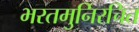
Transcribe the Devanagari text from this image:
भरतमुनिरचित